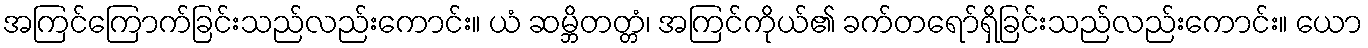
အကြင်ကြောက်ခြင်းသည်လည်းကောင်း။ ယံ ဆမ္ဘိတတ္တံ၊ အကြင်ကိုယ်၏ ခက်တရော်ရှိခြင်းသည်လည်းကောင်း။ ယော